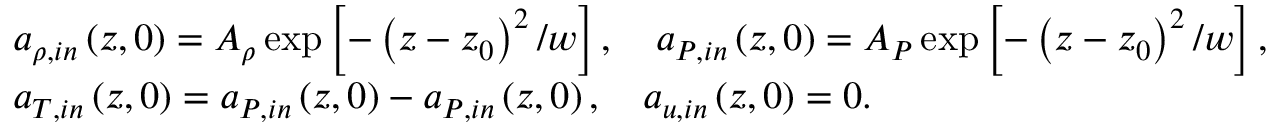
\begin{array} { r l } & { a _ { \rho , i n } \left( z , 0 \right) = A _ { \rho } \exp \left[ - \left( z - z _ { 0 } \right) ^ { 2 } / w \right] , \quad a _ { P , i n } \left( z , 0 \right) = A _ { P } \exp \left[ - \left( z - z _ { 0 } \right) ^ { 2 } / w \right] , } \\ & { a _ { T , i n } \left( z , 0 \right) = a _ { P , i n } \left( z , 0 \right) - a _ { P , i n } \left( z , 0 \right) , \quad a _ { u , i n } \left( z , 0 \right) = 0 . } \end{array}